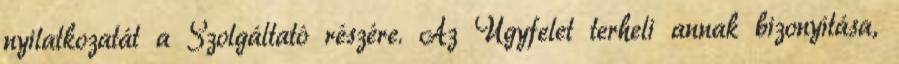
nyilatkozatát a Szolgáltató részére. Az Ügyfelet terheli annak bizonyítása,